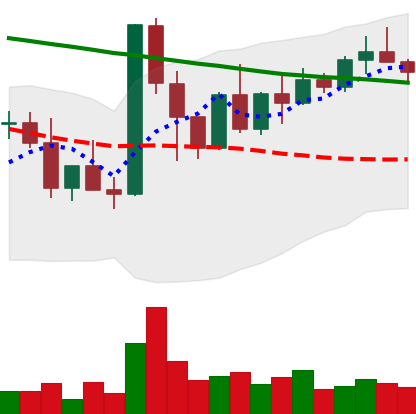
Ticker: XMR-USD
Chart end date: 2022-03-21
Forward return: 7.998%
Label: up_7plus